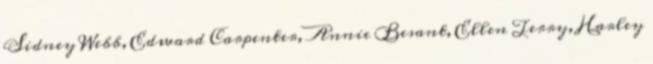
Sidney Webb, Edward Carpenter, Annie Besant, Ellen Terry, Harley